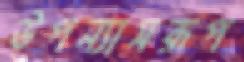
উপন্যাসরূপ